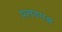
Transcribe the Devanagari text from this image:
प्रसवपश्च